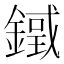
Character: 𨫓